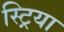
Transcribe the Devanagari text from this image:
स्ट्रिया